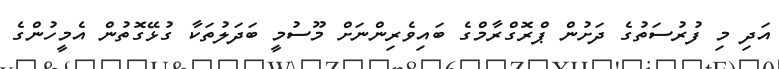
އަދި މި ފުރުސަތުގެ ދަށުން ޕްރޮގްރާމްގެ ބައިވެރިންނަށް މޫސުމީ ބަދަލުތަކާ ގުޅޭގޮތުން އެމީހުންގެ